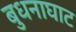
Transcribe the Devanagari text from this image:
बुधनाघाट